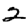
Digit: 2